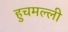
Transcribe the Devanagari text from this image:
हुचमल्ली